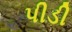
પીડી